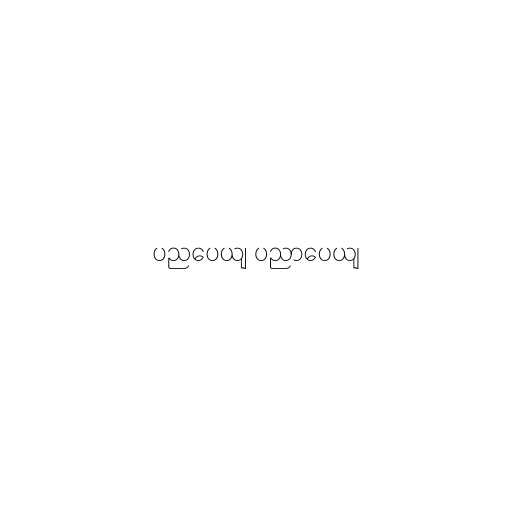
ပညပေယျ ပညာပေယျ